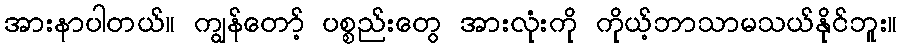
အားနာပါတယ်။ ကျွန်တော့် ပစ္စည်းတွေ အားလုံးကို ကိုယ့်ဘာသာမသယ်နိုင်ဘူး။